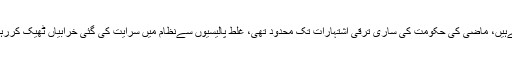
انھوں نے کہا تھا ہمیں شوبازیاں آتی ہیں نہ جعلی کام کرتےہیں، ماضی کی حکومت کی ساری ترقی اشتہارات تک محدود تھی، غلط پالیسیوں سےنظام میں سرایت کی گئی خرابیاں ٹھیک کررہےہیں، نظام کو بھی درست کریں گے اورخرابیوں کو بھی۔